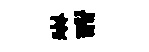
琳酣